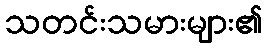
သတင်းသမားများ၏